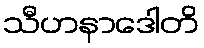
သီဟနာဒေါတိ